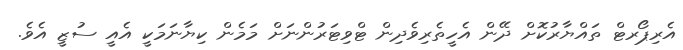
އެރިޕޯރޓް ތައްޔާރުކޮށް ދޭން އެހީތެރިވެދިން ޓްވިޓަރުންނަށް މަމެން ކިޔާނަމަކީ އެއީ ސުޒީ އެވެ.